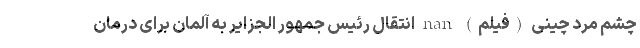
چشم مرد چینی (فیلم) nan انتقال رئیس جمهور الجزایر به آلمان برای درمان